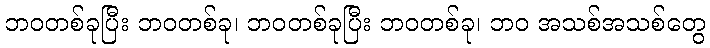
ဘဝတစ်ခုပြီး ဘဝတစ်ခု၊ ဘဝတစ်ခုပြီး ဘဝတစ်ခု၊ ဘဝ အသစ်အသစ်တွေ